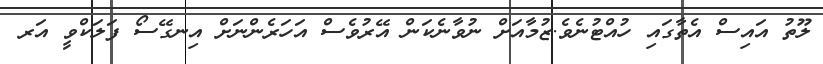
ލޫތު އައިސް އެތާގައި ހުއްޓުނެވެ.ޒުމާއަށް ނުވާނެކަން އޭރުވެސް އަހަރެންނަށް އިނގޭސޯ ފަލަކްވީ އަރ